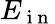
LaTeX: E_{\mathrm{~i~n~}}